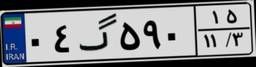
۰۴گ۵۹۰۱۵